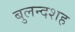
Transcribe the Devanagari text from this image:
बुलन्दशह